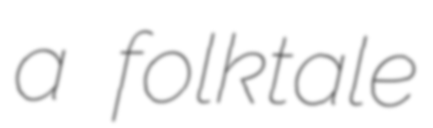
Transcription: a folktale